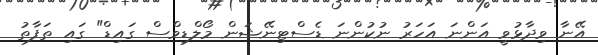
އޭނާ ވިދާޅުވީ އަންނަ އަހަރު ނުކުންނަ ޑެސްޓިނޭޝަން މޯލްޑިވްސް ގައިޑް" ގައި ތަފާތު